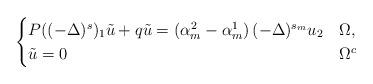
LaTeX: \begin{align*} \begin{cases} P( (-\Delta)^s)_1 \tilde{u} + q\tilde{u} = \left(\alpha_m^2-\alpha_m^1\right)(-\Delta)^{s_m}u_2 &\Omega, \\ \tilde{u}=0 &\Omega^c \end{cases}\end{align*}